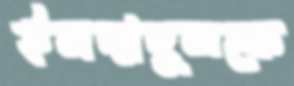
ইমদাদুলকে